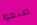
صنعوا